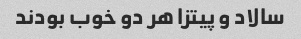
سالاد و پیتزا هر دو خوب بودند